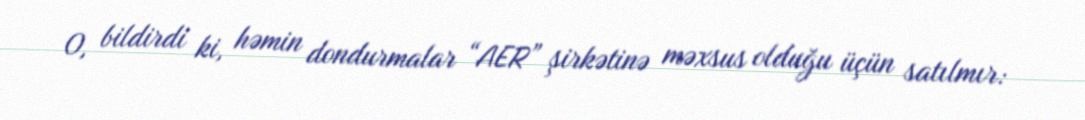
O, bildirdi ki, həmin dondurmalar “AER” şirkətinə məxsus olduğu üçün satılmır: